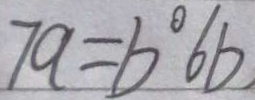
7 a = b ^ { \circ } 6 b